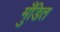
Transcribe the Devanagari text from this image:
मुँडित